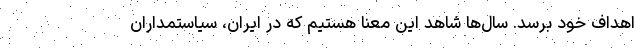
اهداف خود برسد. سال‌ها شاهد این معنا هستیم که در ایران، سیاستمداران